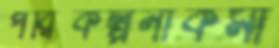
পরিকল্পনাকর্মী